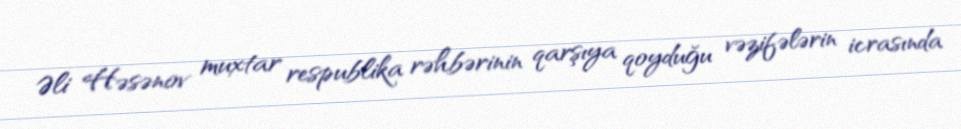
Əli Həsənov muxtar respublika rəhbərinin qarşıya qoyduğu vəzifələrin icrasında